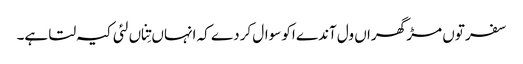
سفر توں مڑ گھراں ول آندے اکو سوال کردے کہ انہاں تِناں لئی کیہ لتا ہے۔